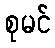
စုမင်